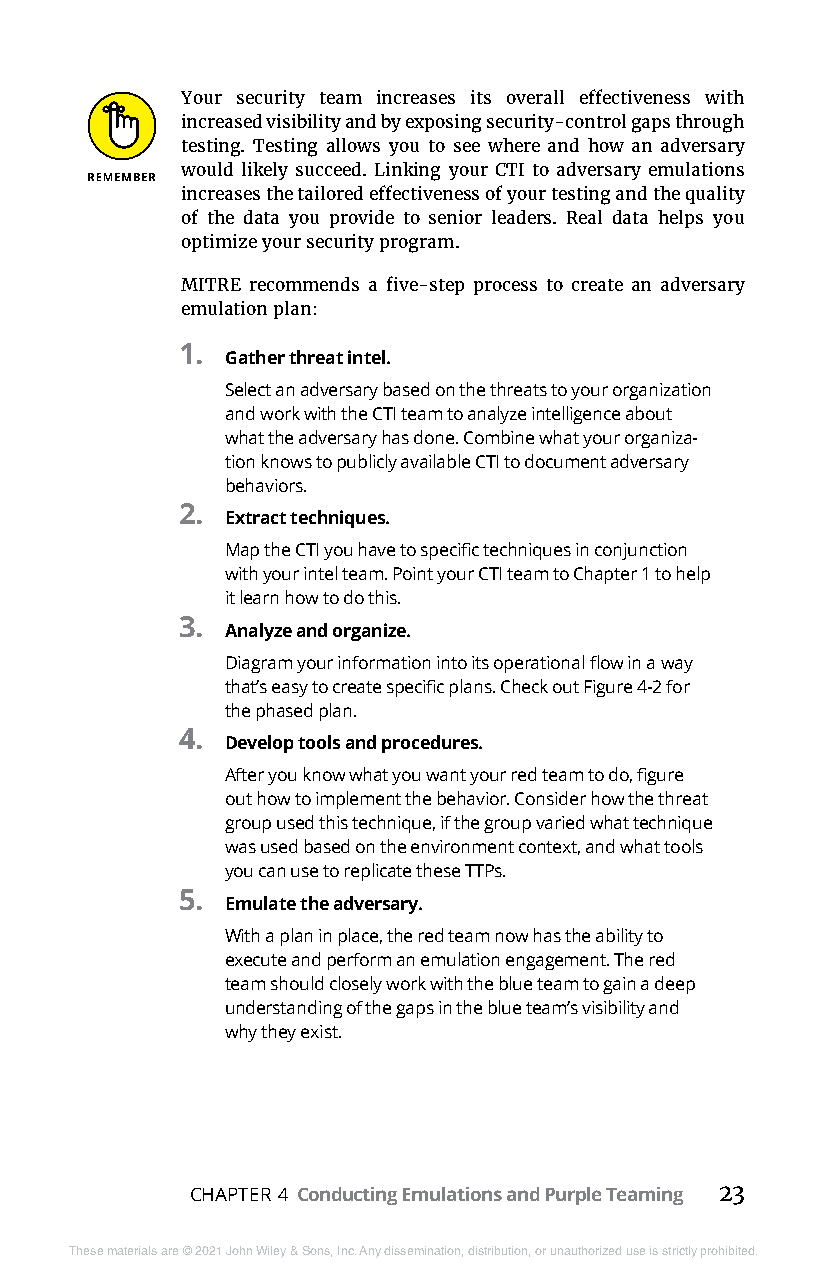
Your security team increases its overall effectiveness with
 increased visibility and by exposing security-control gaps through
 testing. Testing allows you to see where and how an adversary
 would likely succeed. Linking your CTI to adversary emulations
 increases the tailored effectiveness of your testing and the quality
 of the data you provide to senior leaders. Real data helps you
 optimize your security program.
 MITRE recommends a five-step process to create an adversary
 emulation plan:
 1.
 Gather threat intel.
 Select an adversary based on the threats to your organization
 and work with the CTI team to analyze intelligence about
 what the adversary has done. Combine what your organiza-
 tion knows to publicly available CTI to document adversary
 behaviors.
 2.
 Extract techniques.
 Map the CTI you have to specific techniques in conjunction
 with your intel team. Point your CTI team to Chapter 1 to help
 it learn how to do this.
 3.
 Analyze and organize.
 Diagram your information into its operational flow in a way
 that’s easy to create specific plans. Check out Figure 4-2 for
 the phased plan.
 4.
 Develop tools and procedures.
 After you know what you want your red team to do, figure
 out how to implement the behavior. Consider how the threat
 group used this technique, if the group varied what technique
 was used based on the environment context, and what tools
 you can use to replicate these TTPs.
 5.
 Emulate the adversary.
 With a plan in place, the red team now has the ability to
 execute and perform an emulation engagement. The red
 team should closely work with the blue team to gain a deep
 understanding of the gaps in the blue team’s visibility and
 why they exist.
 CHAPTER 4 Conducting Emulations and Purple Teaming 23
 These materials are © 2021 John Wiley & Sons, Inc. Any dissemination, distribution, or unauthorized use is strictly prohibited.